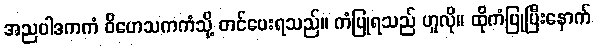
အညဝါဒကကံ ဝိဟေသကကံသို့ တင်ပေးရသည်။ ကံပြုရသည် ဟူလို။ ထိုကံပြုပြီးနောက်